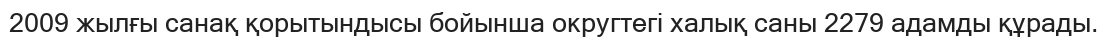
2009 жылғы санақ қорытындысы бойынша округтегі халық саны 2279 адамды құрады.